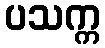
ပသက္က